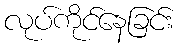
လုပ်ကိုင်နေခြင်း